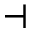
\dashv